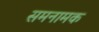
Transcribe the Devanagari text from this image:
समनामक